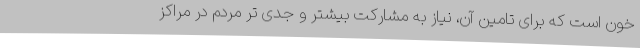
خون است که برای تامین آن، نیاز به مشارکت بیشتر و جدی تر مردم در مراکز